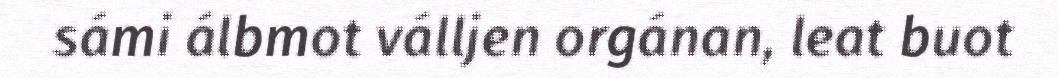
sámi álbmot válljen orgánan, leat buot